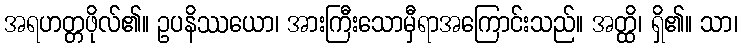
အရဟတ္တဖိုလ်၏။ ဥပနိဿယော၊ အားကြီးသောမှီရာအကြောင်းသည်။ အတ္ထိ၊ ရှိ၏။ သာ၊